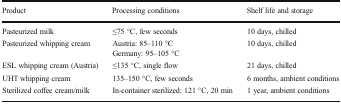
<table><thead><tr><td><b>Product</b></td><td><b>Processing conditions</b></td><td><b>Shelf life and storage</b></td></tr></thead><tbody><tr><td>Pasteurized milk</td><td>≤75 °C, few seconds</td><td>10 days, chilled</td></tr><tr><td>Pasteurized whipping cream</td><td>Austria: 85–110 °CGermany: 95–105 °C</td><td>10 days, chilled</td></tr><tr><td>ESL whipping cream (Austria)</td><td>≤135 °C, single flow</td><td>21 days, chilled</td></tr><tr><td>UHT whipping cream</td><td>135–150 °C, few seconds</td><td>6 months, ambient conditions</td></tr><tr><td>Sterilized coffee cream/milk</td><td>In-container sterilized: 121 °C, 20 min</td><td>1 year, ambient conditions</td></tr></tbody></table>